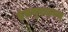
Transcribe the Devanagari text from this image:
हंसमुदाहृतम्